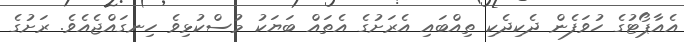
އެއާޕޯޓުގެ ހުވަފެން ދެކިދެކި ތިއްބައި އެރަށުގެ އެތައް ބަޔަކު މުސްކުޅިވެ ހިނގައްޖެއެވެ. ރަށުގެ